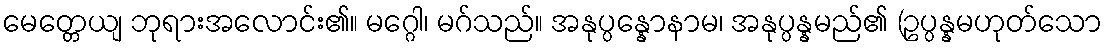
မေတ္တေယျ ဘုရားအလောင်း၏။ မဂ္ဂေါ၊ မဂ်သည်။ အနုပ္ပန္နောနာမ၊ အနုပ္ပန္နမည်၏ (ဥပ္ပန္နမဟုတ်သော